Elephants and their diseases
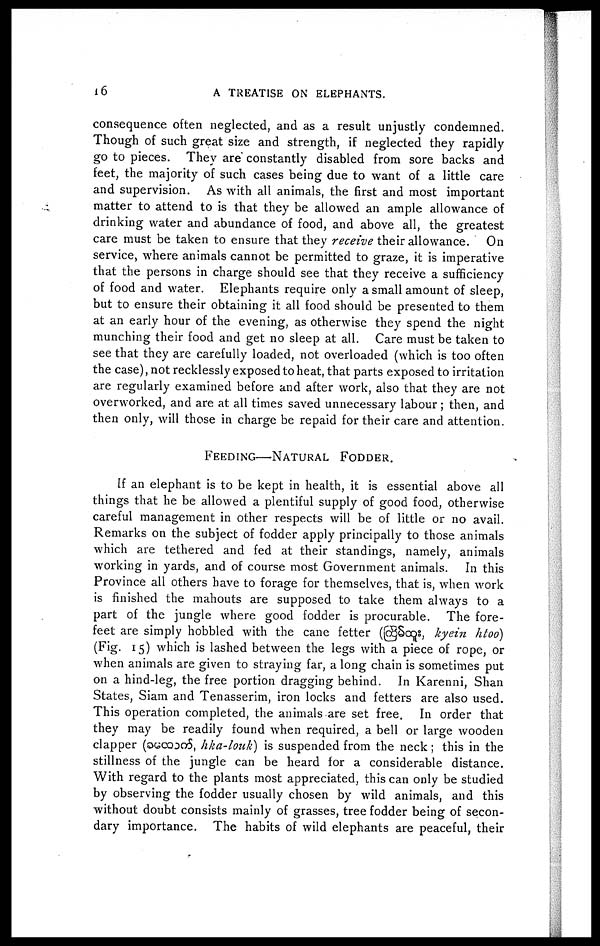
16
A TREATISE ON ELEPHANTS.
consequence often neglected, and as a result unjustly condemned.
Though of such great size and strength, if neglected they rapidly
go to pieces. They are constantly disabled from sore backs and
feet, the majority of such cases being due to want of a little care
and supervision. As with all animals, the first and most important
matter to attend to is that they be allowed an ample allowance of
drinking water and abundance of food, and above all, the greatest
care must be taken to ensure that they receive their allowance. On
service, where animals cannot be permitted to graze, it is imperative
that the persons in charge should see that they receive a sufficiency
of food and water. Elephants require only a small amount of sleep,
but to ensure their obtaining it all food should be presented to them
at an early hour of the evening, as otherwise they spend the night
munching their food and get no sleep at all. Care must be taken to
see that they are carefully loaded, not overloaded (which is too often
the case), not recklessly exposed to heat, that parts exposed to irritation
are regularly examined before and after work, also that they are not
overworked, and are at all times saved unnecessary labour; then, and
then only, will those in charge be repaid for their care and attention.
FEEDING—NATURAL FODDER.
If an elephant is to be kept in health, it is essential above all
things that he be allowed a plentiful supply of good food, otherwise
careful management in other respects will be of little or no avail.
Remarks on the subject of fodder apply principally to those animals
which are tethered and fed at their standings, namely, animals
working in yards, and of course most Government animals. In this
Province all others have to forage for themselves, that is, when work
is finished the mahouts are supposed to take them always to a
part of the jungle where good fodder is procurable. The fore-
feet are simply hobbled with the cane fetter (
, kyein htoo)
(Fig. 15) which is lashed between the legs with a piece of rope, or
when animals are given to straying far, a long chain is sometimes put
on a hind-leg, the free portion dragging behind. In Karenni, Shan
States, Siam and Tenasserim, iron locks and fetters are also used.
This operation completed, the animals are set free. In order that
they may be readily found when required, a bell or large wooden
clapper (
, hka-louk) is suspended from the neck; this in the
stillness of the jungle can be heard for a considerable distance.
With regard to the plants most appreciated, this can only be studied
by observing the fodder usually chosen by wild animals, and this
without doubt consists mainly of grasses, tree fodder being of secon-
dary importance. The habits of wild elephants are peaceful, their